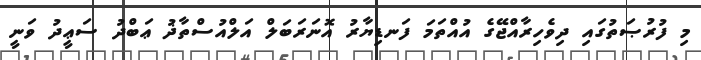
މި ފުރުޞަތުގައި ދިވެހިރާއްޖޭގެ އުއްތަމަ ފަނޑިޔާރު އޮނަރަބަލް އަލްއުސްތާޛު ޢަބްދު ސަޢީދު ވަނީ